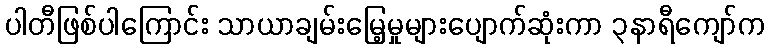
ပါတီဖြစ်ပါကြောင်း သာယာချမ်းမြေ့မှုများပျောက်ဆုံးကာ ၃နာရီကျော်က